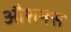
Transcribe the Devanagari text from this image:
औशनस